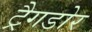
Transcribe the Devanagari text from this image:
ट्रैगडोर